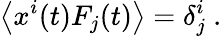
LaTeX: \left\langle x^{i}(t)F_{j}(t)\right\rangle=\delta_{j}^{i}\ .